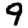
Digit: 9